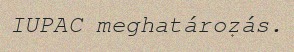
IUPAC meghatározás.